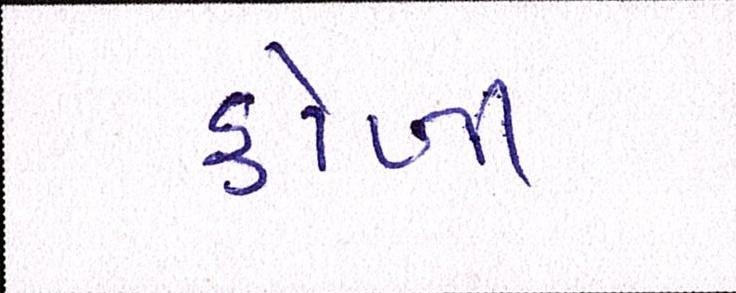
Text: કોળી